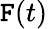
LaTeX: \mathtt{F}(t)